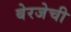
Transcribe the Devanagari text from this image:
बेरजेची